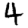
Digit: 4